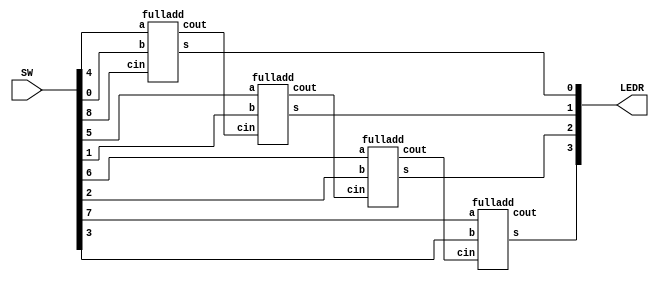
module part2 (SW, LEDR);
	input [9:0] SW; //cin SW[8]
	output [9:0] LEDR; //cout LEDR[9]
	wire c1, c2, c3;
	
	fulladd U0 (SW[4], SW[0], SW[8], c1, LEDR[0]);
	fulladd U1 (SW[5], SW[1], c1, c2, LEDR[1]);
	fulladd U2 (SW[6], SW[2], c2, c3, LEDR[2]);
	fulladd U3 (SW[7], SW[3], c3, LEDR[9], LEDR[3]);
	
endmodule

module fulladd (a, b, cin, cout, s);
	input a, b, cin;
	output s, cout;
	assign s = a^b^cin;
	assign cout = (a&b) + (a & cin) + (b & cin);
endmodule